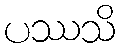
ပဿသိ